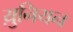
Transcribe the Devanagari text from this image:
य़ुनियन